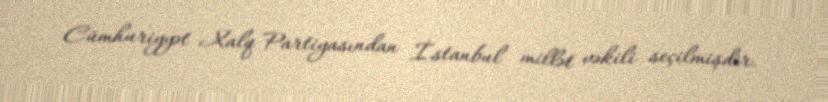
Cümhuriyyət Xalq Partiyasından İstanbul millət vəkili seçilmişdir.